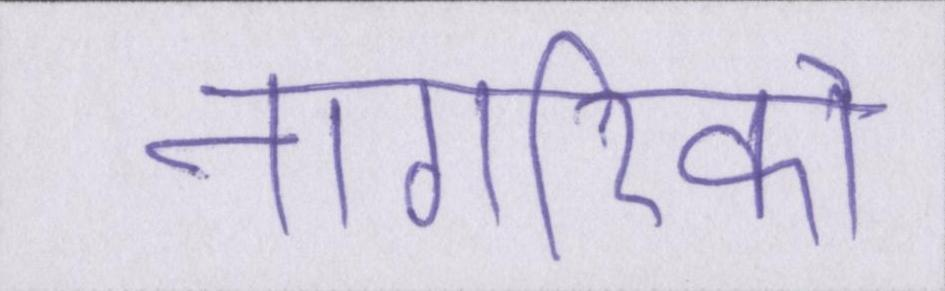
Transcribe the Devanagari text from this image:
नागरिको